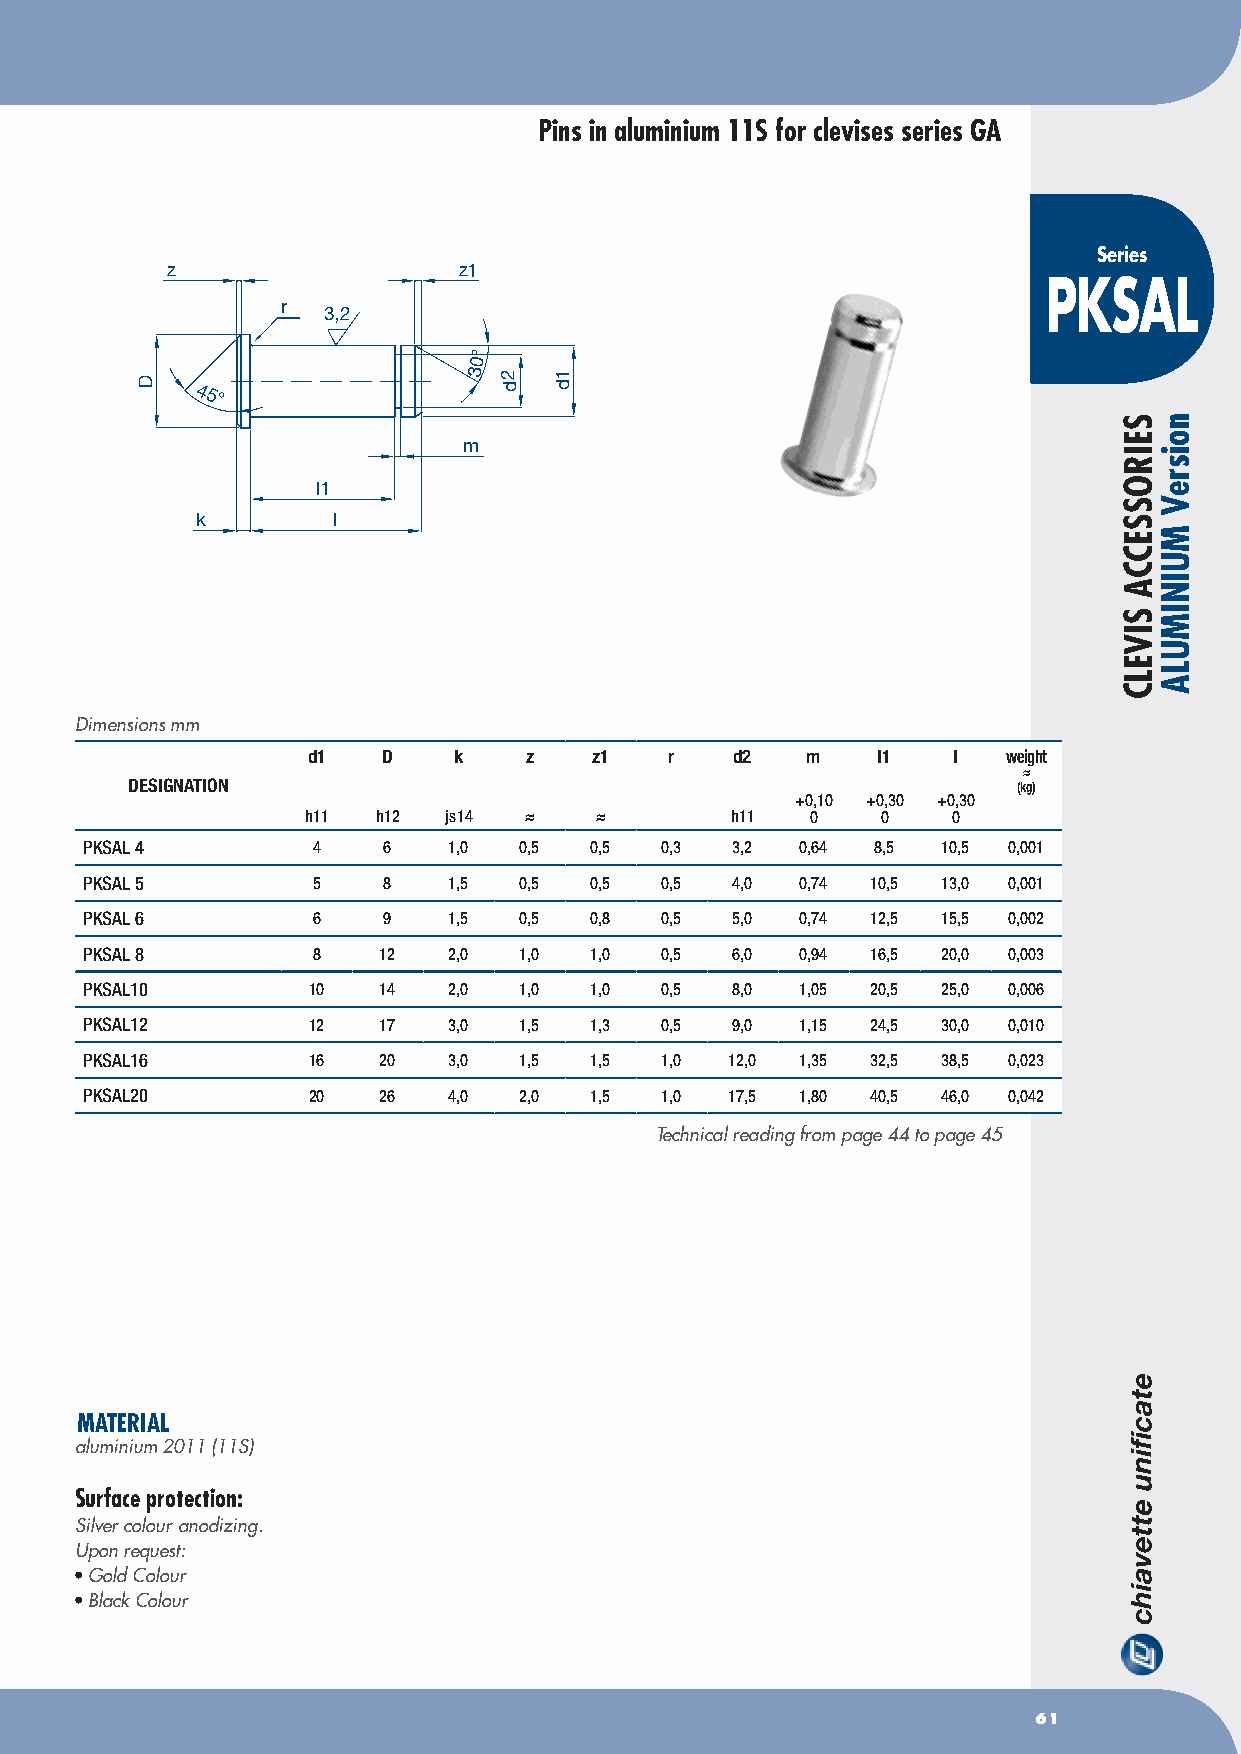
Pins in aluminium 11S for clevises series GA
 Series
 z                  z1
 PKSAL
 r
 3,2
 °
 0
 3
 45°
 m
 l1
 k        l
 Dimensions mm
 d1   D    k    z   z1   r    d2  m    l1   l   weight
 ≈
 DESIGNATION                                                (kg)
 +0,10 +0,30 +0,30
 h11  h12 js14  ≈   ≈        h11   0   0    0
 pKSAL 4        4   6    1,0 0,5  0,5  0,3 3,2  0,64 8,5 10,5 0,001
 pKSAL 5        5   8    1,5 0,5  0,5  0,5 4,0  0,74 10,5 13,0 0,001
 pKSAL 6        6   9    1,5 0,5  0,8  0,5 5,0  0,74 12,5 15,5 0,002
 pKSAL 8        8   12   2,0 1,0  1,0  0,5 6,0  0,94 16,5 20,0 0,003
 pKSAL10       10   14   2,0 1,0  1,0  0,5 8,0  1,05 20,5 25,0 0,006
 pKSAL12       12   17   3,0 1,5  1,3  0,5 9,0  1,15 24,5 30,0 0,010
 pKSAL16       16   20   3,0 1,5  1,5  1,0 12,0 1,35 32,5 38,5 0,023
 pKSAL20       20   26   4,0 2,0  1,5  1,0 17,5 1,80 40,5 46,0 0,042
 Technical reading from page 44 to page 45
 MATERIAL
 aluminium 2011 (11S)
 Surface protection:
 Silver colour anodizing.
 Upon request:
 • Gold Colour
 • Black Colour
 61
 D                       2d  1d
 SEIROSSECCA
 SIVELC
 noisreV
 MUINIMULA